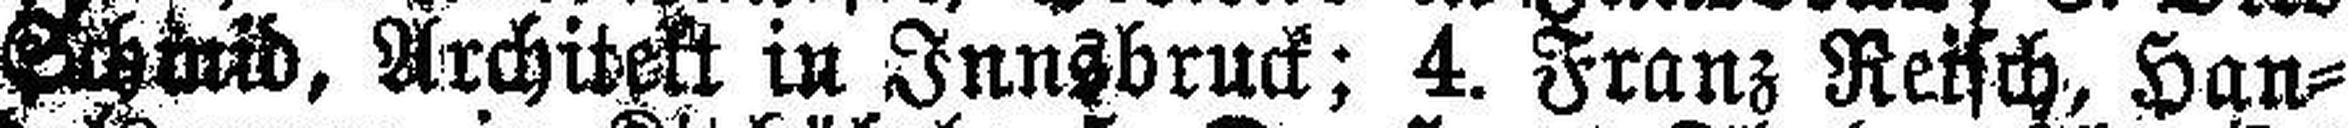
Schmid, Architekt in Innsbruck; 4. Franz Reisch, Han¬